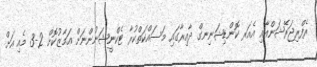
ރެފްރިޖަރޭޝަންއާއި އެއަރ ކޮންޑިޝަނިނގް ދާއިރާގައި މަސައްކަތްކުރާ ޓެކްނީޝަނުންނަށް އަމާޒުކޮށް 2-3 މެއި އަށް